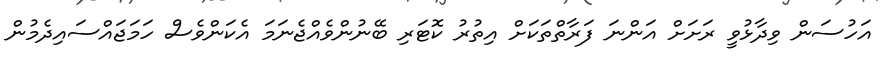
އަހުސަން ވިދާޅުވީ ރަށަށް އަންނަ ފަރާތްތަކަށް އިތުރު ކޮޓަރި ބޭނުންވެއްޖެނަމަ އެކަންވެސް ހަމަޖައްސައިދެމުން